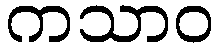
ကသာဝ